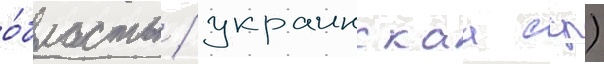
о́бласть / украинскаа сср)